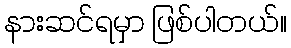
နားဆင်ရမှာ ဖြစ်ပါတယ်။